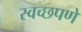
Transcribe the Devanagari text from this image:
स्वच्छपणे